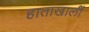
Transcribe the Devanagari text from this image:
हाताखालीं